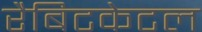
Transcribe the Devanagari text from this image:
रैबिटकेटल